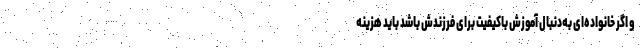
و اگر خانواده‌ای به‌دنبال آموزش باکیفیت برای فرزندش باشد باید هزینه